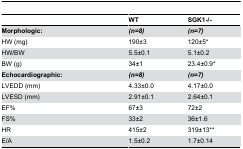
<table><thead><tr><td></td><td><b>WT</b></td><td><b>SGK1-/-</b></td></tr></thead><tbody><tr><td><b>Morphologic:</b></td><td><b><i>(n=8)</i></b></td><td><b><i>(n=7)</i></b></td></tr><tr><td>HW (mg)</td><td>190±3</td><td>120±5*</td></tr><tr><td>HW/BW</td><td>5.5±0.1</td><td>5.1±0.2</td></tr><tr><td>BW (g)</td><td>34±1</td><td>23.4±0.9*</td></tr><tr><td><b>Echocardiographic:</b></td><td><b><i>(n=8)</i></b></td><td><b><i>(n=7)</i></b></td></tr><tr><td>LVEDD (mm)</td><td>4.33±0.0</td><td>4.17±0.0</td></tr><tr><td>LVESD (mm)</td><td>2.91±0.1</td><td>2.64±0.1</td></tr><tr><td>EF%</td><td>67±3</td><td>72±2</td></tr><tr><td>FS%</td><td>33±2</td><td>36±1.6</td></tr><tr><td>HR</td><td>415±2 </td><td>319±13**</td></tr><tr><td>E/A</td><td>1.5±0.2</td><td>1.7±0.14</td></tr></tbody></table>